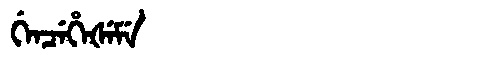
Manchu: ᡤᡝᠨᠴᡝᡥᡝᡧᡝᠮᡝ
Romanization: GENCEHEŠEME